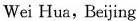
Wei Hua，Beijing